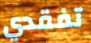
تفقدي